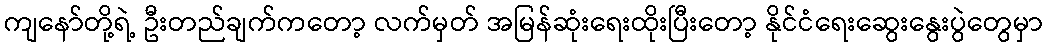
ကျနော်တို့ရဲ့ ဦးတည်ချက်ကတော့ လက်မှတ် အမြန်ဆုံးရေးထိုးပြီးတော့ နိုင်ငံရေးဆွေးနွေးပွဲတွေမှာ